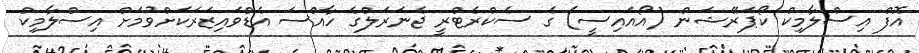
އޮފް އިސްލާމިކް ކޯޕަރޭޝަން (އޯއައިސީ) ގެ ސެކްރެޓްރީ ޖެނަރަލްގެ ހާއްސަ އެޑްވައިޒަރަކަށްވުމަށް އިސްލާމިކް